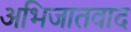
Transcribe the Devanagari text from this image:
अभिजातवाद